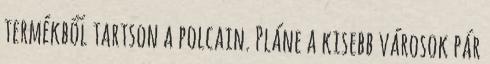
termékből tartson a polcain. Pláne a kisebb városok pár